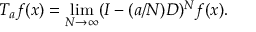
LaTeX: T _ { a } f ( x ) = \operatorname* { l i m } _ { N \to \infty } ( I - ( a / N ) D ) ^ { N } f ( x ) .